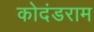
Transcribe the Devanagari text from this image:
कोदंडराम